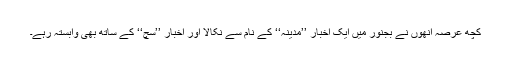
کچھ عرصہ انھوں نے بجنور میں ایک اخبار ’’مدینہ‘‘ کے نام سے نکالا اور اخبار ’’سچ‘‘ کے ساتھ بھی وابستہ رہے۔